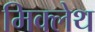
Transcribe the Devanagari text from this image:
मिक्लेथ